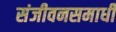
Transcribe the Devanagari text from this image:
संजीवनसमाधी